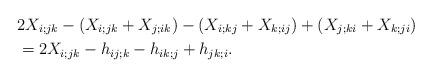
LaTeX: \begin{align*}&2 X_{i;jk} - (X_{i;jk} + X_{j;ik} ) - (X_{i;kj} + X_{k;ij} )+ (X_{j;ki} + X_{k;ji}) \\&=2X_{i;jk} - h_{ij;k} - h_{ik;j} + h_{jk;i}.\end{align*}